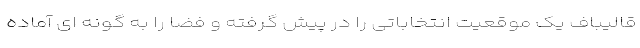
قالیباف یک موقعیت‌ انتخاباتی را در پیش گرفته و فضا را به گونه ای آماده